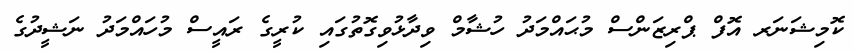
ކޮމިޝަނަރ އޮފް ޕްރިޒަންސް މުޙައްމަދު ހުޝާމް ވިދާޅުވިގޮތުގައި ކުރީގެ ރައީސް މުހައްމަދު ނަޝީދުގެ